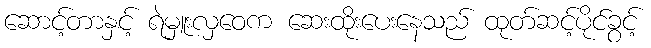
ဆောင့်တာနှင့် ရဲမှူးလှဝေက ဆေးထိုးပေးနေသည် ထုတ်ဆင့်ပိုင်ခွင့်